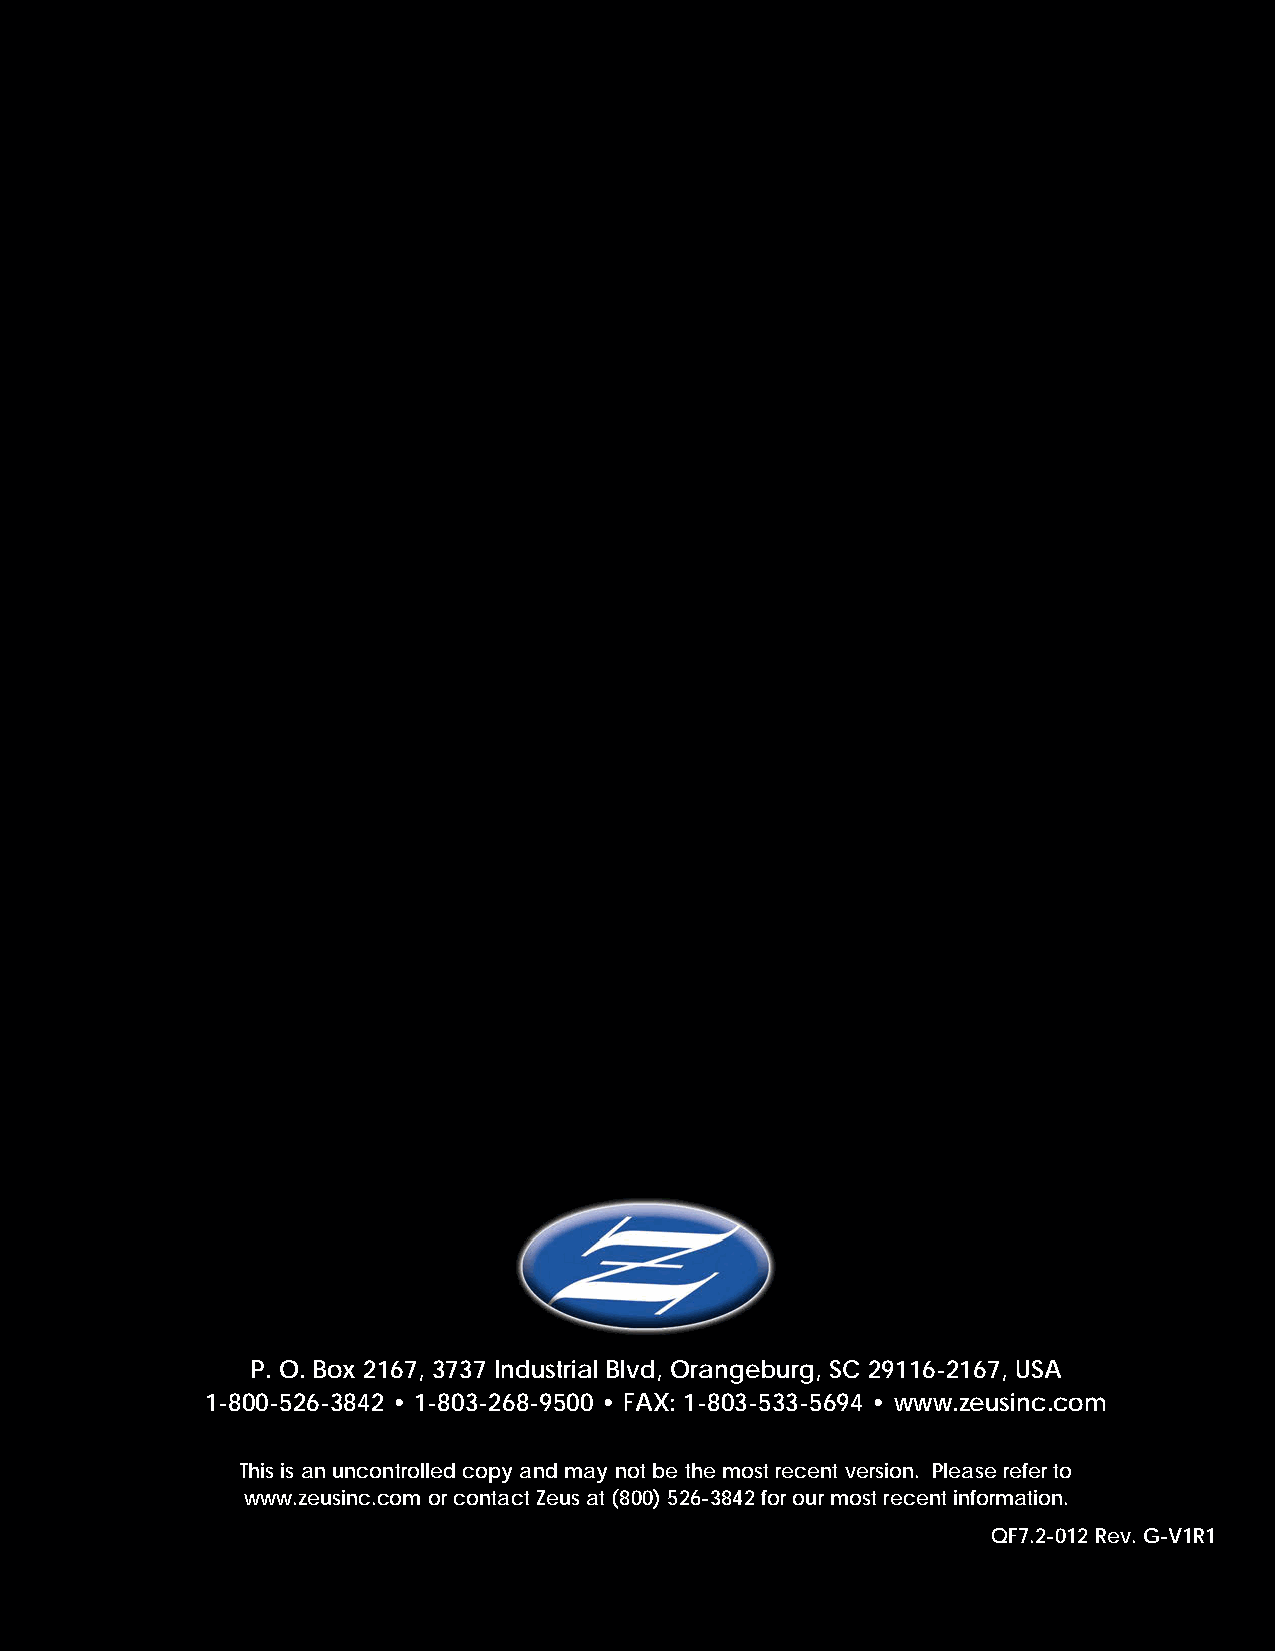
P . O . Box 2167, 3737 Industrial Blvd, Orangeburg, SC 29116-2167, USA
 1-800-526-3842 • 1-803-268-9500 • FAX: 1-803-533-5694 • www .zeusinc .com
 This is an uncontrolled copy and may not be the most recent version . Please refer to
 www .zeusinc .com or contact Zeus at (800) 526-3842 for our most recent information .
 QF7 .2-012 Rev . G-V1R1